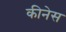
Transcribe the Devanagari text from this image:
कीनेस